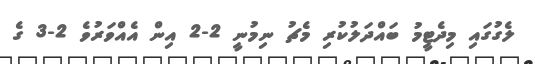
ލެގުގައި މިދެޓީމު ބައްދަލުކުރި މެޗު ނިމުނީ 2-2 އިން އެއްވަރުވެ 2-3 ގެ